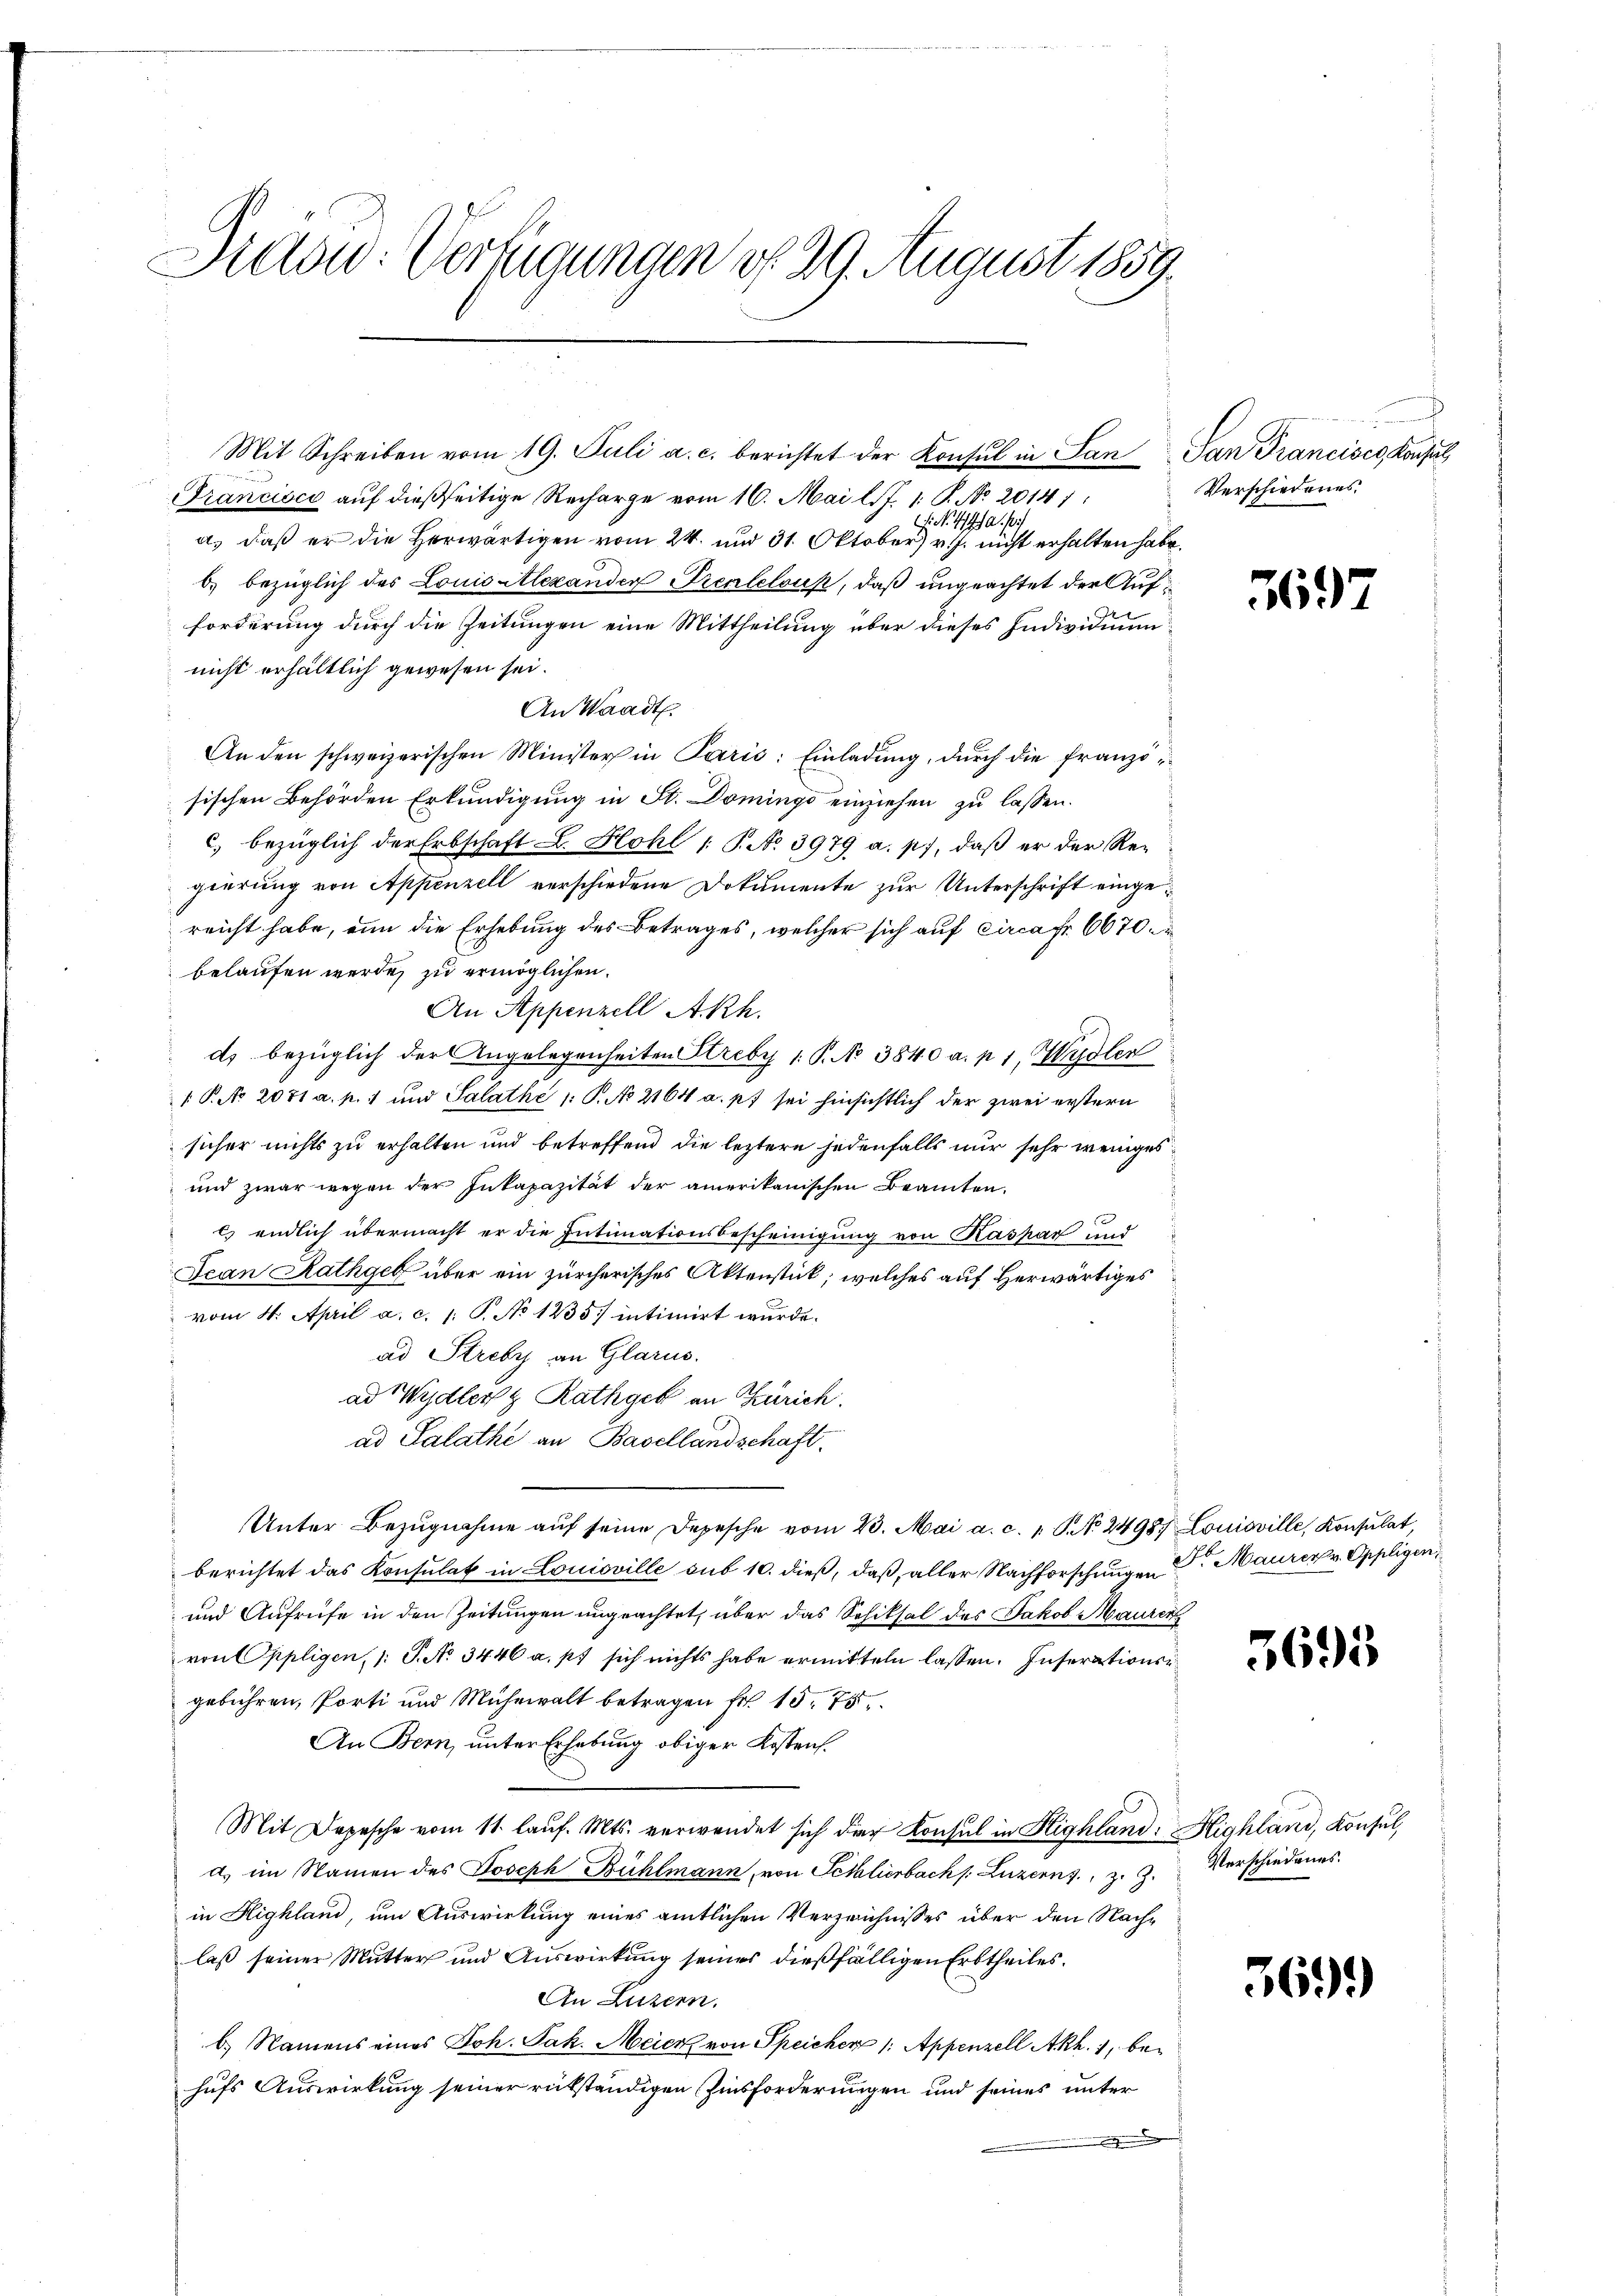
Sidow: Verfügungen d. 29. August 1859.

Mit Schreiben vom 19. Juli a. c. berichtet der Konsul in San San Francisco, Konsul
rancisco auf dießseitige Recharge vom 16. Mai l. J. 1. P. No. 2014):
 No. 442. p
a. daß er die Herwärtigen vom 24. und 31. Oktober) v. J. nicht erhalten habe.
b. bezüglich des Louis Alexanden Prentelouk, daß ungeachtet der Aufforderung durch die Zeitungen eine Mittheilung über dieses Individuum
nicht erhältlich gewesen sei.
An Waadt.
An den schweizerischen Minister in Paris: Einladung, durch die französischen Behörden Erkundigung in St. Domings einziehen zu lassen.
c. bezüglich der Erbschaft L. Hohl /: P. No 3979 a. p., daß er der Regierung von Appenzell verschiedene Dokumente zur Unterschrift eingereicht habe, nun die Erhebung des Betrages, welcher sich auf circa Fr. 6670.
belaufen werde, zu ermöglichen.
An Appenzell A.Rh.
ds bezüglich der Angelegenheiten Streby 1. P. No 3840 a. p. 1, Wydler
 P. No 2071 a. p. 1 und Salathe 1 S. No 2164 a. p. sei hinsichtlich der zwei erstern
sicher nichts zu erhalten und betreffend die leztere jedenfalls nur sehr weniges
und zwar wegen der Inkapazität der amerikanischen Beamten.
Es endlich übermacht er die Intimationsbescheinigung von Kaspar und
Jean Rathgeb über ein zürcherisches Aktenstück, welches auf Herwärtiges
vom 4. April a. c. 1: P. No 1235) intimirt wurde.
ad Streby an Glarus.
ad Wydler & Rathgeb an Zürich.
ad Salathe an Basellandschaft.
Unter Bezŭgnahme aŭf seine Depesche vom 20. Mai a. c. 1 S. 2498. Louisville, Konsulat,
berichtet das Konsulat in Louisville sub 10. dieß, daß aller Nachforschungen Dr. Maurer v. Oppligen,
und Aufrufe in den Zeitungen ungeachtet, über das Schiksal des Jakob Mauren
von Oppligen, 1: P. No 3446 a. p. sich nichts habe ermitteln lassen. Inserationsgebühren, Porti und Mühewalt betragen Fr. 15. 75
An Bern, unter Erhebung obiger Kosten.
Mit Depesche vom 11. laŭf. Mts. verwendet sich der Konsul in Highland: Highland, Konsul,
d. im Namen des Joseph Bühlmann, von Schlierbach Luzerns, z. Z. Verschiedenes.
in Highland, um Auswirkung eines amtlichen Verzeichnisses über den Nachlaß seiner Mutter und Auswirkung seines dießfälligen Erbtheiles.
An Luzern.
b.) Namens eines Joh. Jak. Meier von Speicher 1. Appenzell A.Rh. 1, behufs Auswirkung seiner rükständigen Zinsforderungen und seines unter
.

Verschiedenes.

697

3695

369.